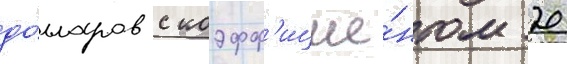
до́лларов с коэфф'ицие́нтом 20